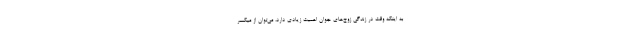
به اینکه وقت در زندگی زوج‌های جوان اهمیت زیادی دارد، می‌توان از میکسر